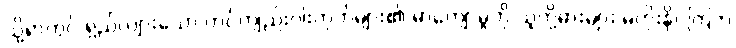
သို့ရာတွင် ရှည်လျားသော တင်ကျည်းဝါးတုတ်များ၏ မာကျောမှုကို သူတို့ဓားများ မတိုးနိုင်ကြဘဲ